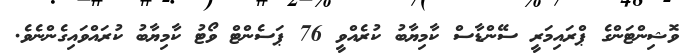
ވޮޝިންޓަންގެ ޕްރައިމަރީ ސޭންޑާސް ކާމިޔާބު ކުރެއްވީ 76 ޕަސެންޓް ވޯޓު ކާމިޔާބު ކުރައްވައިގެންނެވެ.